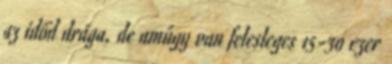
az időd drága, de amúgy van felesleges 15-30 ezer